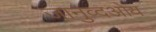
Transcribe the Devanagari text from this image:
जानुव्दओय